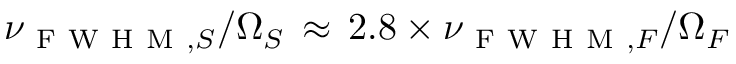
\nu _ { \mathrm { ~ F ~ W ~ H ~ M ~ } , S } / \Omega _ { S } \, \approx \, 2 . 8 \times \nu _ { \mathrm { ~ F ~ W ~ H ~ M ~ } , F } / \Omega _ { F }